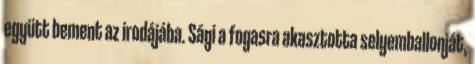
együtt bement az irodájába. Sági a fogasra akasztotta selyemballonját,